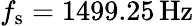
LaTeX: f_{\mathrm{s}}=1499.25\, \mathrm{{Hz}}